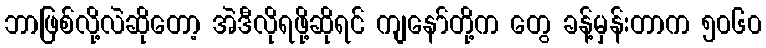
ဘာဖြစ်လို့လဲဆိုတော့ အဲဒီလိုရဖို့ဆိုရင် ကျနော်တို့က တွေ ခန့်မှန်းတာက ၅၀၆၀